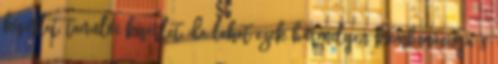
kísérlet, tanulói kísérlet, de lehet ezek bármilyen kombinációja 8